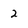
Character: 2